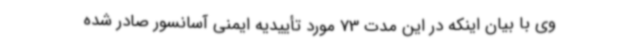
وی با بیان اینکه در این مدت 73 مورد تأییدیه ایمنی آسانسور صادر شده